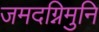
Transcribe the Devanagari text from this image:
जमदग्निमुनि